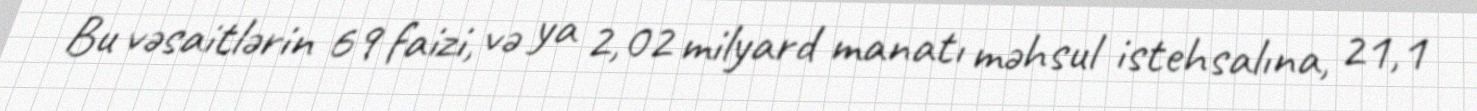
Bu vəsaitlərin 69 faizi, və ya 2,02 milyard manatı məhsul istehsalına, 21,1